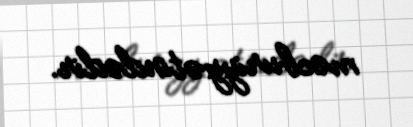
məcburiyyətindədir.